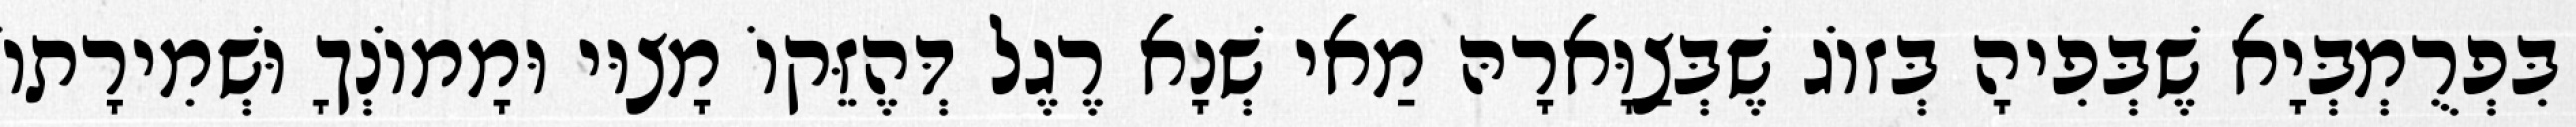
בִּפְרֻמְבְּיָא שֶׁבְּפִיהָ בְּזוֹג שֶׁבְּצַוָּארָהּ מַאי שְׁנָא רֶגֶל דְּהֶזֵּקוֹ מָצוּי וּמָמוֹנְךָ וּשְׁמִירָתוֹ